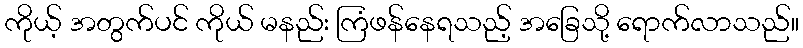
ကိုယ့် အတွက်ပင် ကိုယ် မနည်း ကြံဖန်နေရသည့် အခြေသို့ ရောက်လာသည်။